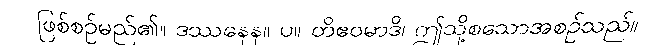
ဖြစ်စဉ်မည်၏။ ဒဿနေန။ ပ။ တိဧဝမာဒိ၊ ဤသို့စသောအစဉ်သည်။